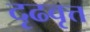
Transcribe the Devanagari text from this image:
दृढवृत्त